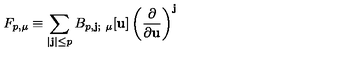
F _ { p , \mu } \equiv \sum _ { | \mathbf { j } | \le p } B _ { p , \mathbf { j } ; \ \mu } [ \mathbf { u } ] \left( \frac { \partial } { \partial \mathbf { u } } \right) ^ { \mathbf { j } }